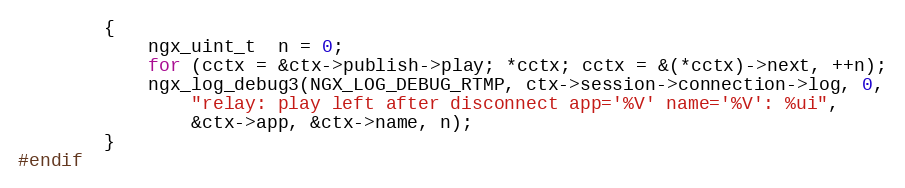
Language: C
        {
            ngx_uint_t  n = 0;
            for (cctx = &ctx->publish->play; *cctx; cctx = &(*cctx)->next, ++n);
            ngx_log_debug3(NGX_LOG_DEBUG_RTMP, ctx->session->connection->log, 0,
                "relay: play left after disconnect app='%V' name='%V': %ui",
                &ctx->app, &ctx->name, n);
        }
#endif